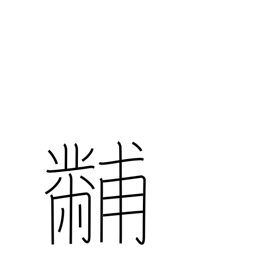
Meaning: embroidery